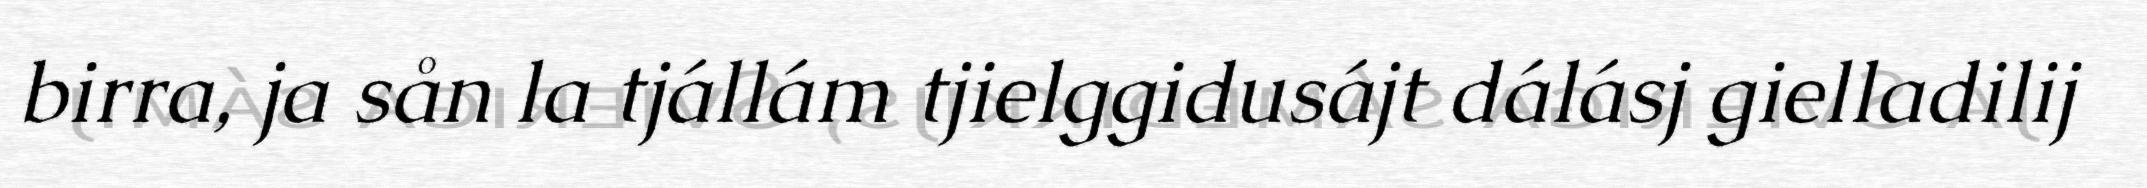
birra, ja sån la tjállám tjielggidusájt dálásj gielladilij